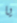
يا